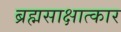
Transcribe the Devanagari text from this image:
ब्रह्मसाक्षात्कार